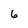
Character: 6